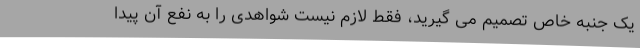
یک جنبه خاص تصمیم می گیرید، فقط لازم نیست شواهدی را به نفع آن پیدا